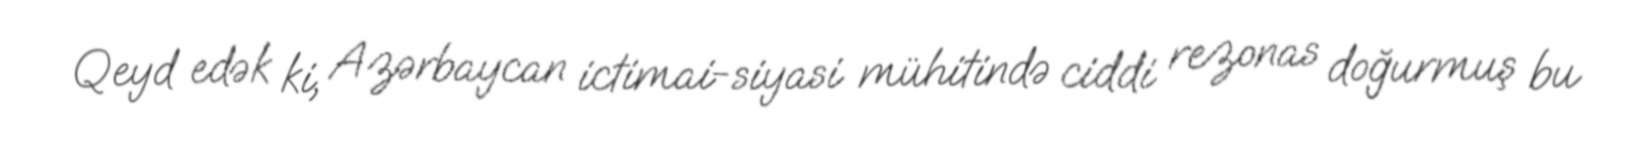
Qeyd edək ki, Azərbaycan ictimai-siyasi mühitində ciddi rezonas doğurmuş bu